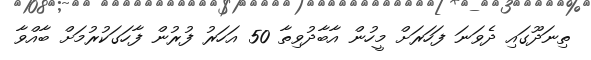
ތިނަދޫގައި ދެވަނަ ފަހަރަށް މީހުން އާބާދުވިތާ 50 އަހަރު ފުރުން ފާހަގަކުރުމަށް ބާއްވާ